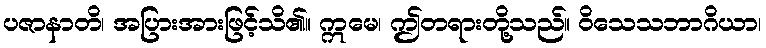
ပဇာနာတိ၊ အပြားအားဖြင့်သိ၏။ ဣမေ၊ ဤတရားတို့သည်။ ဝိသေသဘာဂိယာ၊